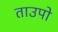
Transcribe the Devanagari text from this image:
ताउपो